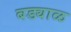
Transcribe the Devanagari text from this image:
बड्याळ